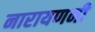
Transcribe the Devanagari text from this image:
नारायणनी